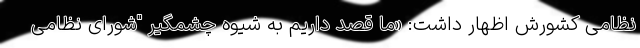
نظامی کشورش اظهار داشت: «ما قصد داریم به شیوه چشمگیر "شورای نظامی